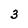
Character: 3